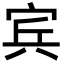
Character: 宾